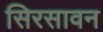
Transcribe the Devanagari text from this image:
सिरसावन